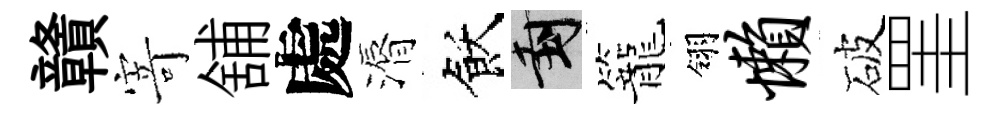
贛𭔃舖處漘飫封籠翎懒破罣